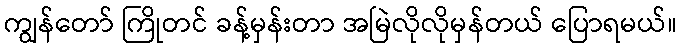
ကျွန်တော် ကြိုတင် ခန့်မှန်းတာ အမြဲလိုလိုမှန်တယ် ပြောရမယ်။